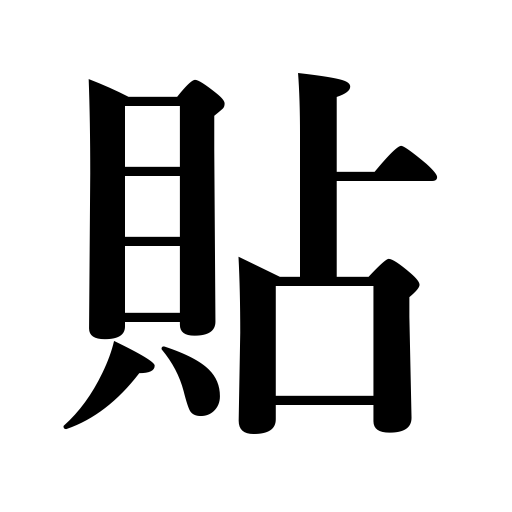
Meanings: stick,paste,apply tile,counter for medicine packages,affix,paper,etc.,post